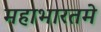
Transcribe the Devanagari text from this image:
महाभारतमे